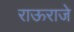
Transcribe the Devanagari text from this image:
राऊराजे